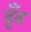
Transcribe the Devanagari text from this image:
ढ़ूँढ